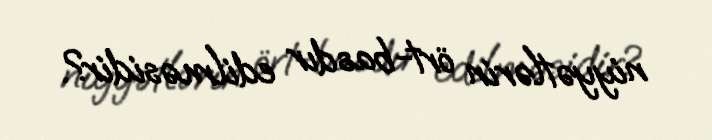
niyyətlərin ört-basdır edilməsidir?.